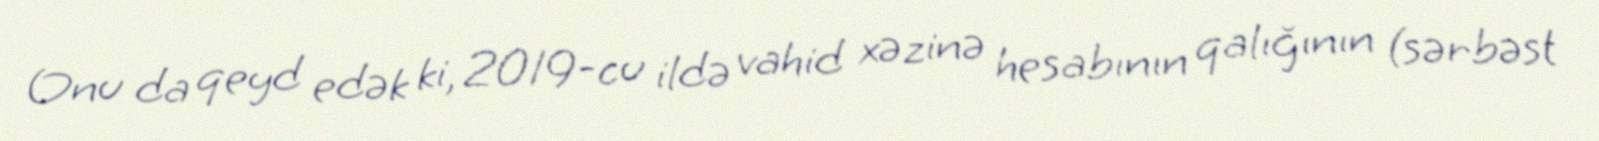
Onu da qeyd edək ki, 2019-cu ildə vahid xəzinə hesabının qalığının (sərbəst